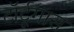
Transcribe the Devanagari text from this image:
टॉर्टूगास